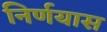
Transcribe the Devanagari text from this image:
निर्णयास